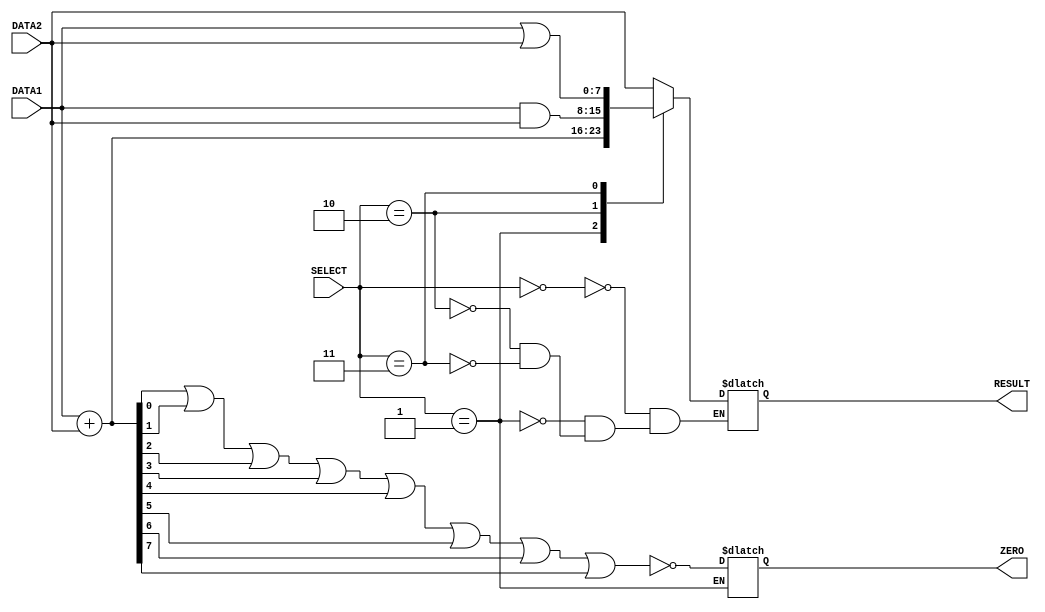

`timescale 1ns /  1ps

module alu(
    input  [7:0] DATA1 , DATA2 ,            // ALU 8 bit input
    output reg [7:0] RESULT ,               // ALU output
    input  [2:0] SELECT  ,                  // ALU selector
    output reg ZERO                   // beq  
    
    );

    always @( DATA1 , DATA2 , SELECT )     //  select sensitive is more suitable
    begin                           
      case( SELECT )
      3'b000:                              // Forward
        RESULT <= #1 DATA2 ;
      3'b001:
        begin 
        #2 ;  
        RESULT =  DATA1 + DATA2  ;         // Add ,
        ZERO = ~(RESULT[0] | RESULT[1] | RESULT[2] | RESULT[3] | RESULT[4] | RESULT[5] | RESULT[6] |RESULT[7]);
        end
      3'b010:
        RESULT <= #1 DATA1 & DATA2  ;         // AND
      3'b011:
        RESULT <= #1 DATA1 | DATA2  ;         // Or
    
                                           // reserved for future functions units 
      endcase
    end



endmodule